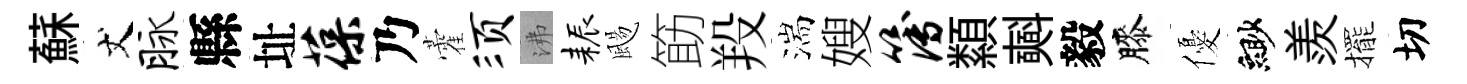
蘇丈脉縣址葆乃藿须沸耨颺筯羖湍嫂簿纇𣂏毅膝優緲羨擺切